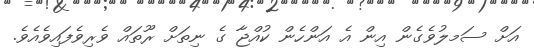
އަށް ސަމލުވެގެން އިން އެ އަންހެން ކުއްޖާ ގެ ނިތަށް ރޫތައް ވެރިވެފައިވެއެވެ.